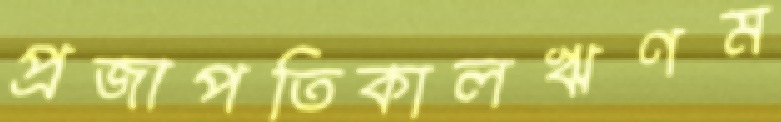
প্রজাপতিকালঋণম